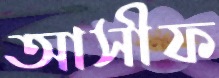
আসীফ